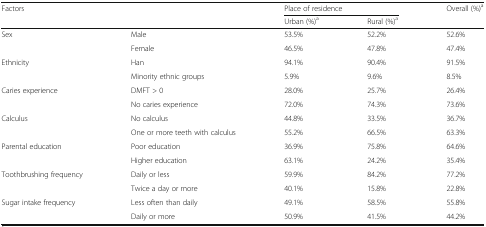
<table><thead><tr><td colspan="2" rowspan="2"><b>Factors</b></td><td colspan="2"><b>Place of residence</b></td><td><b>Overall (%)<sup>a</sup></b></td></tr><tr><td><b>Urban (%)<sup>a</sup></b></td><td><b>Rural (%)<sup>a</sup></b></td><td>[EMPTY_CELL]</td></tr></thead><tbody><tr><td rowspan="2">Sex</td><td>Male</td><td>53.5%</td><td>52.2%</td><td>52.6%</td></tr><tr><td>Female</td><td>46.5%</td><td>47.8%</td><td>47.4%</td></tr><tr><td rowspan="2">Ethnicity</td><td>Han</td><td>94.1%</td><td>90.4%</td><td>91.5%</td></tr><tr><td>Minority ethnic groups</td><td>5.9%</td><td>9.6%</td><td>8.5%</td></tr><tr><td rowspan="2">Caries experience</td><td>DMFT &gt; 0</td><td>28.0%</td><td>25.7%</td><td>26.4%</td></tr><tr><td>No caries experience</td><td>72.0%</td><td>74.3%</td><td>73.6%</td></tr><tr><td rowspan="2">Calculus</td><td>No calculus</td><td>44.8%</td><td>33.5%</td><td>36.7%</td></tr><tr><td>One or more teeth with calculus</td><td>55.2%</td><td>66.5%</td><td>63.3%</td></tr><tr><td rowspan="2">Parental education</td><td>Poor education</td><td>36.9%</td><td>75.8%</td><td>64.6%</td></tr><tr><td>Higher education</td><td>63.1%</td><td>24.2%</td><td>35.4%</td></tr><tr><td rowspan="2">Toothbrushing frequency</td><td>Daily or less</td><td>59.9%</td><td>84.2%</td><td>77.2%</td></tr><tr><td>Twice a day or more</td><td>40.1%</td><td>15.8%</td><td>22.8%</td></tr><tr><td rowspan="2">Sugar intake frequency</td><td>Less often than daily</td><td>49.1%</td><td>58.5%</td><td>55.8%</td></tr><tr><td>Daily or more</td><td>50.9%</td><td>41.5%</td><td>44.2%</td></tr></tbody></table>